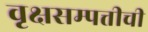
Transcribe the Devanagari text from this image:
वृक्षसम्पत्तीची